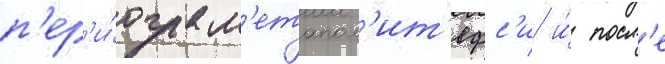
п'ер'и́ода м'етапол'ит'ефс'и и́ посл'е